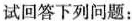
试回答下列问题：